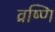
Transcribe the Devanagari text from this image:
व्रष्णि